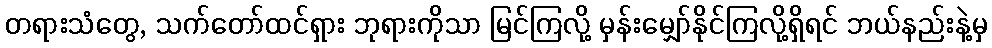
တရားသံတွေ, သက်တော်ထင်ရှား ဘုရားကိုသာ မြင်ကြလို့ မှန်းမျှော်နိုင်ကြလို့ရှိရင် ဘယ်နည်းနဲ့မှ